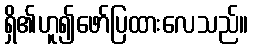
ရှိ၏ဟူ၍ဖော်ပြထားလေသည်။